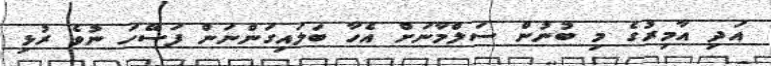
އަދި އާމިރުގެ މި ބުނުން ސަލްމާނަށް އެހާ ބަލައިގަންނަން ފަސޭހަ ނުވެ ރުޅި